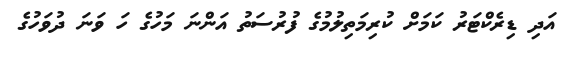
އަދި ޑިރެކްޓަރު ކަމަށް ކުރިމަތިލުމުގެ ފުރުސަތު އަންނަ މަހުގެ ހަ ވަނަ ދުވަހުގެ